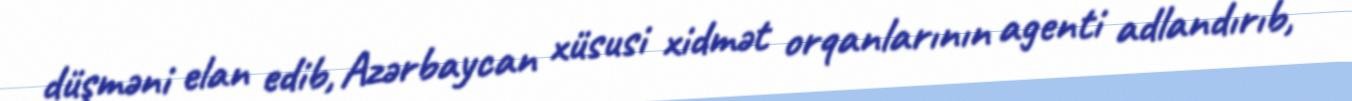
düşməni elan edib, Azərbaycan xüsusi xidmət orqanlarının agenti adlandırıb,